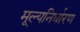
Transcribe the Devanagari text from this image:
मूल्यनिर्धारण